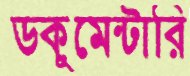
ডকুমেন্টারি